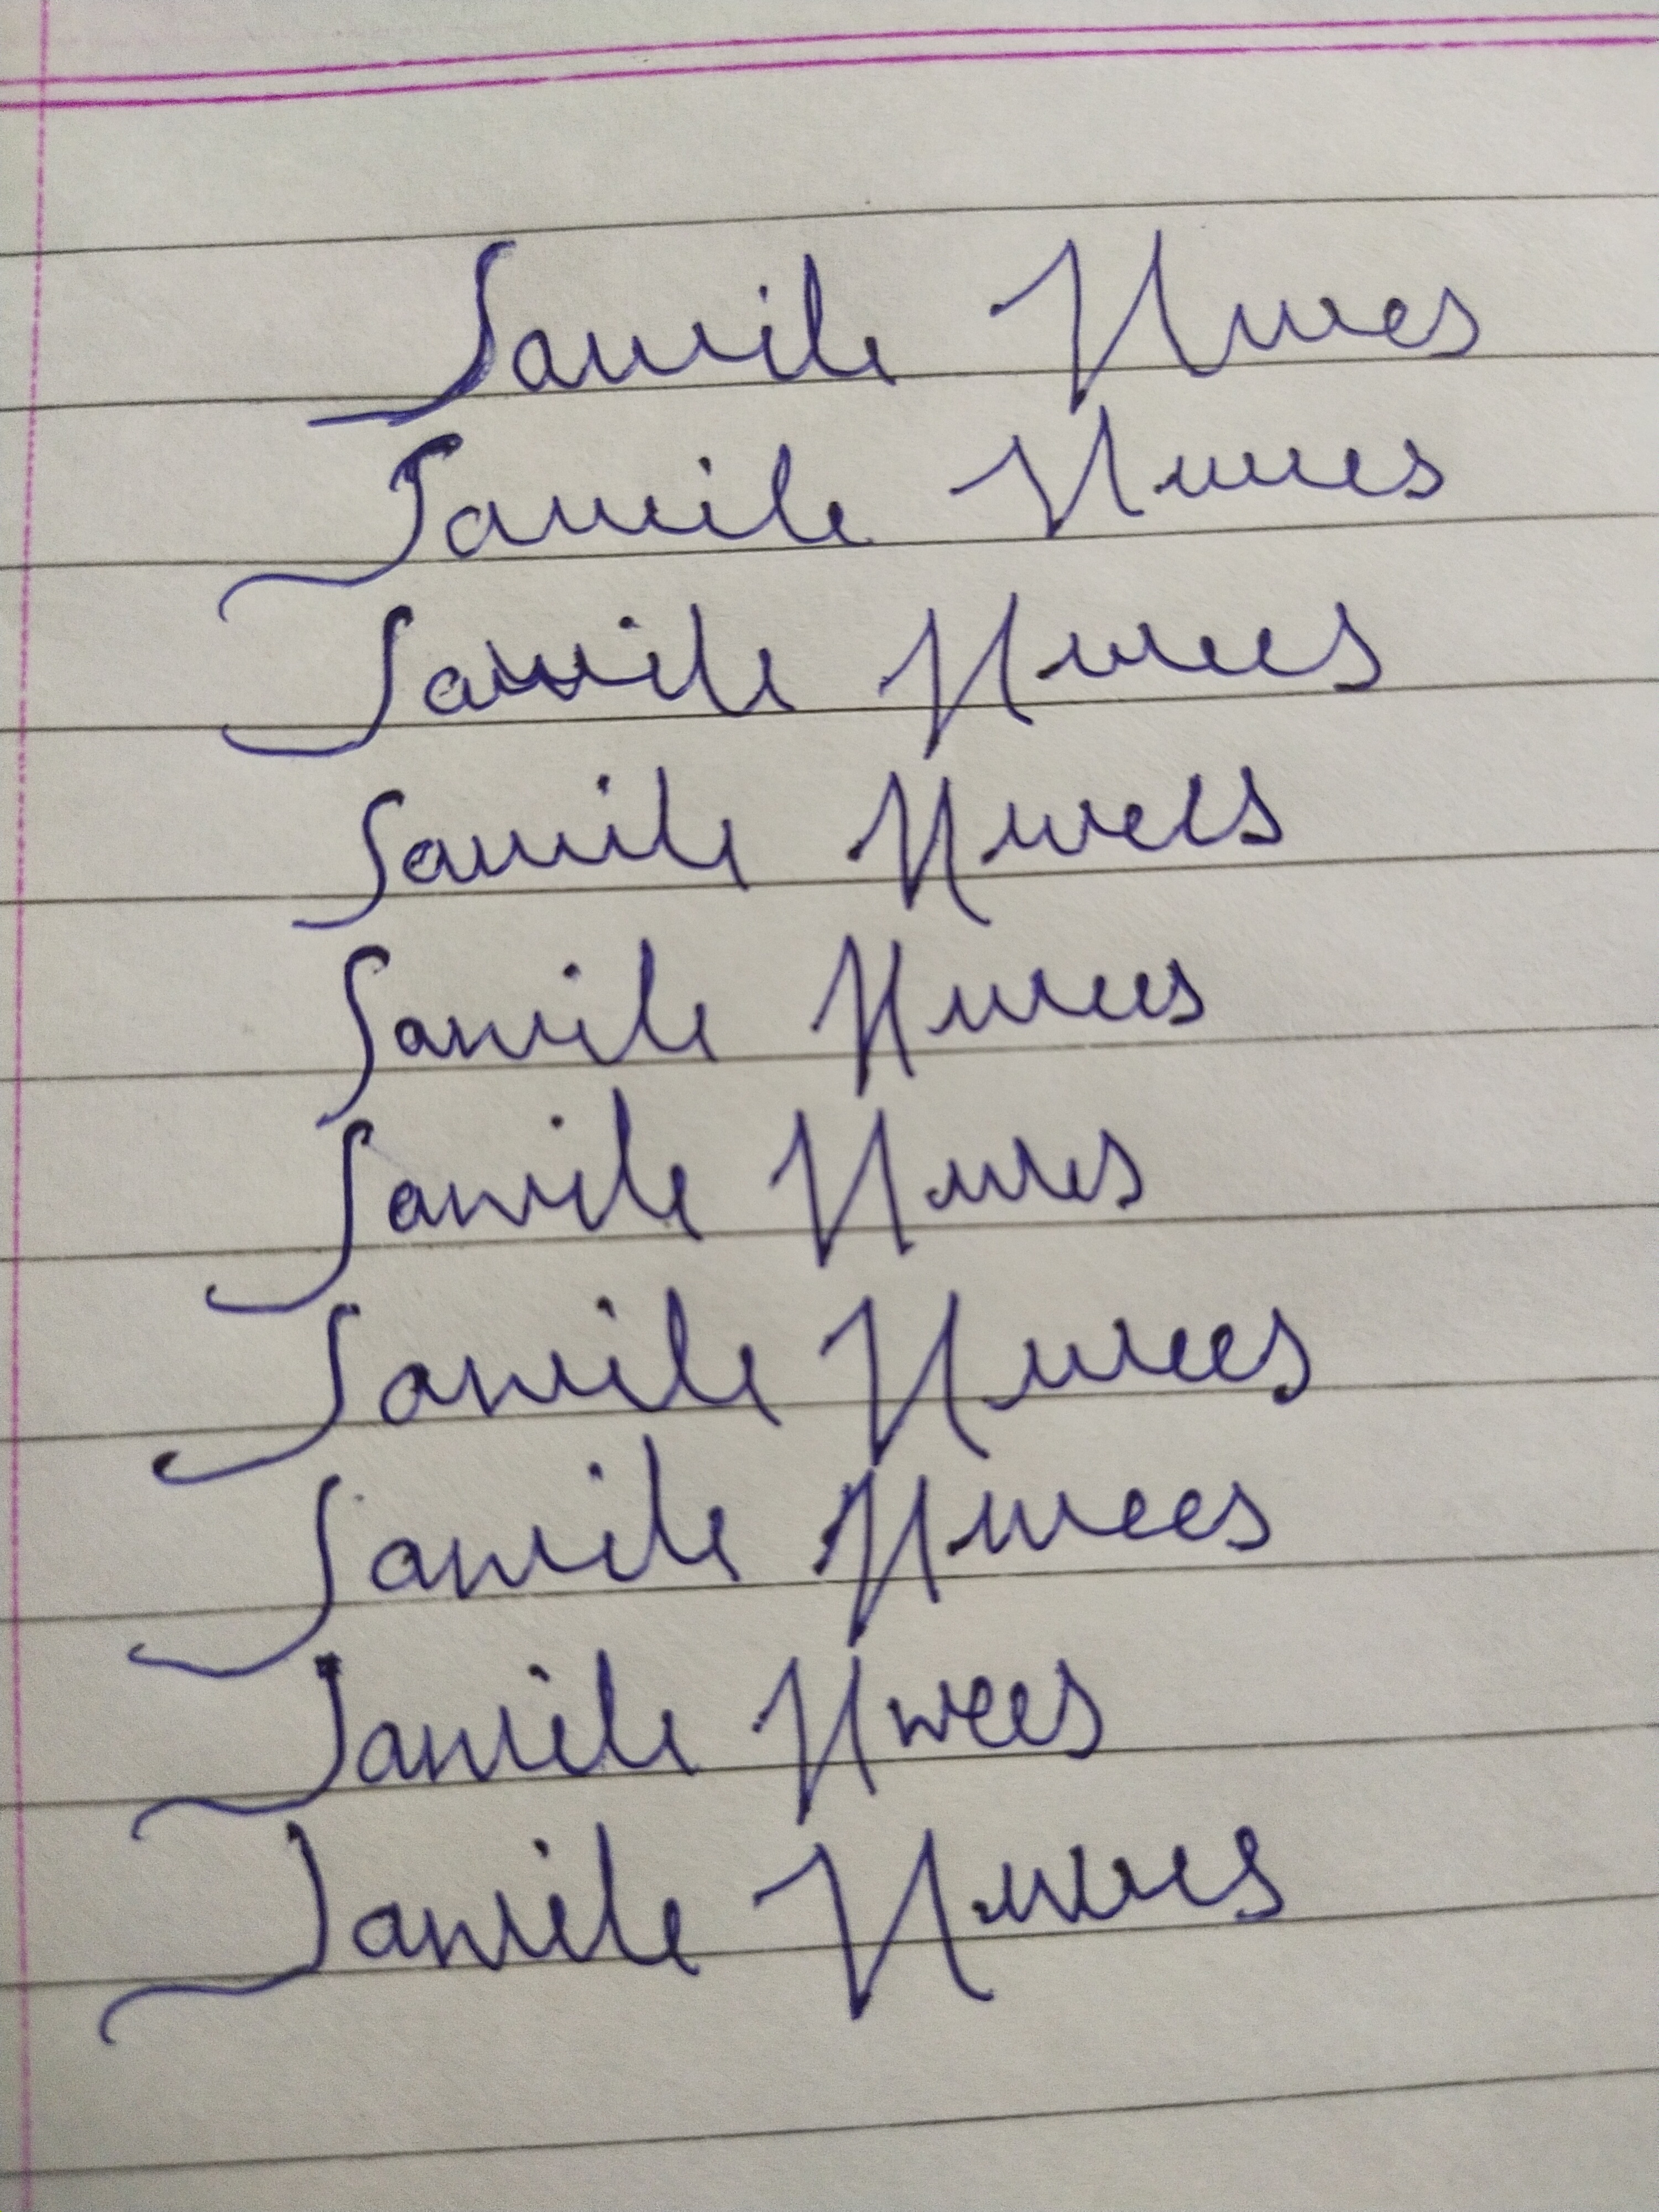
Signature authenticity: forged